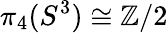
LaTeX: \pi_{4}(S^{3})\cong\mathbb{Z}/2